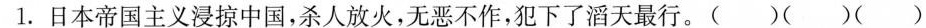
1.日本帝国主义浸掠中国，杀人放火，无恶不作，犯下了滔天最行。( ) ( ) ( )